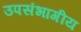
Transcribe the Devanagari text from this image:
उपसंभागीय